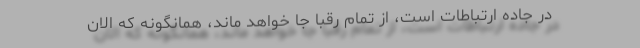
در جاده ارتباطات است، از تمام رقبا جا خواهد ماند، همانگونه که الان